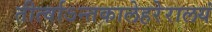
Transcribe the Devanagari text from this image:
तीर्त्वाऽन्तकालेहरेरालयं